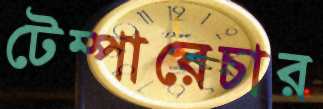
টেম্পারেচার